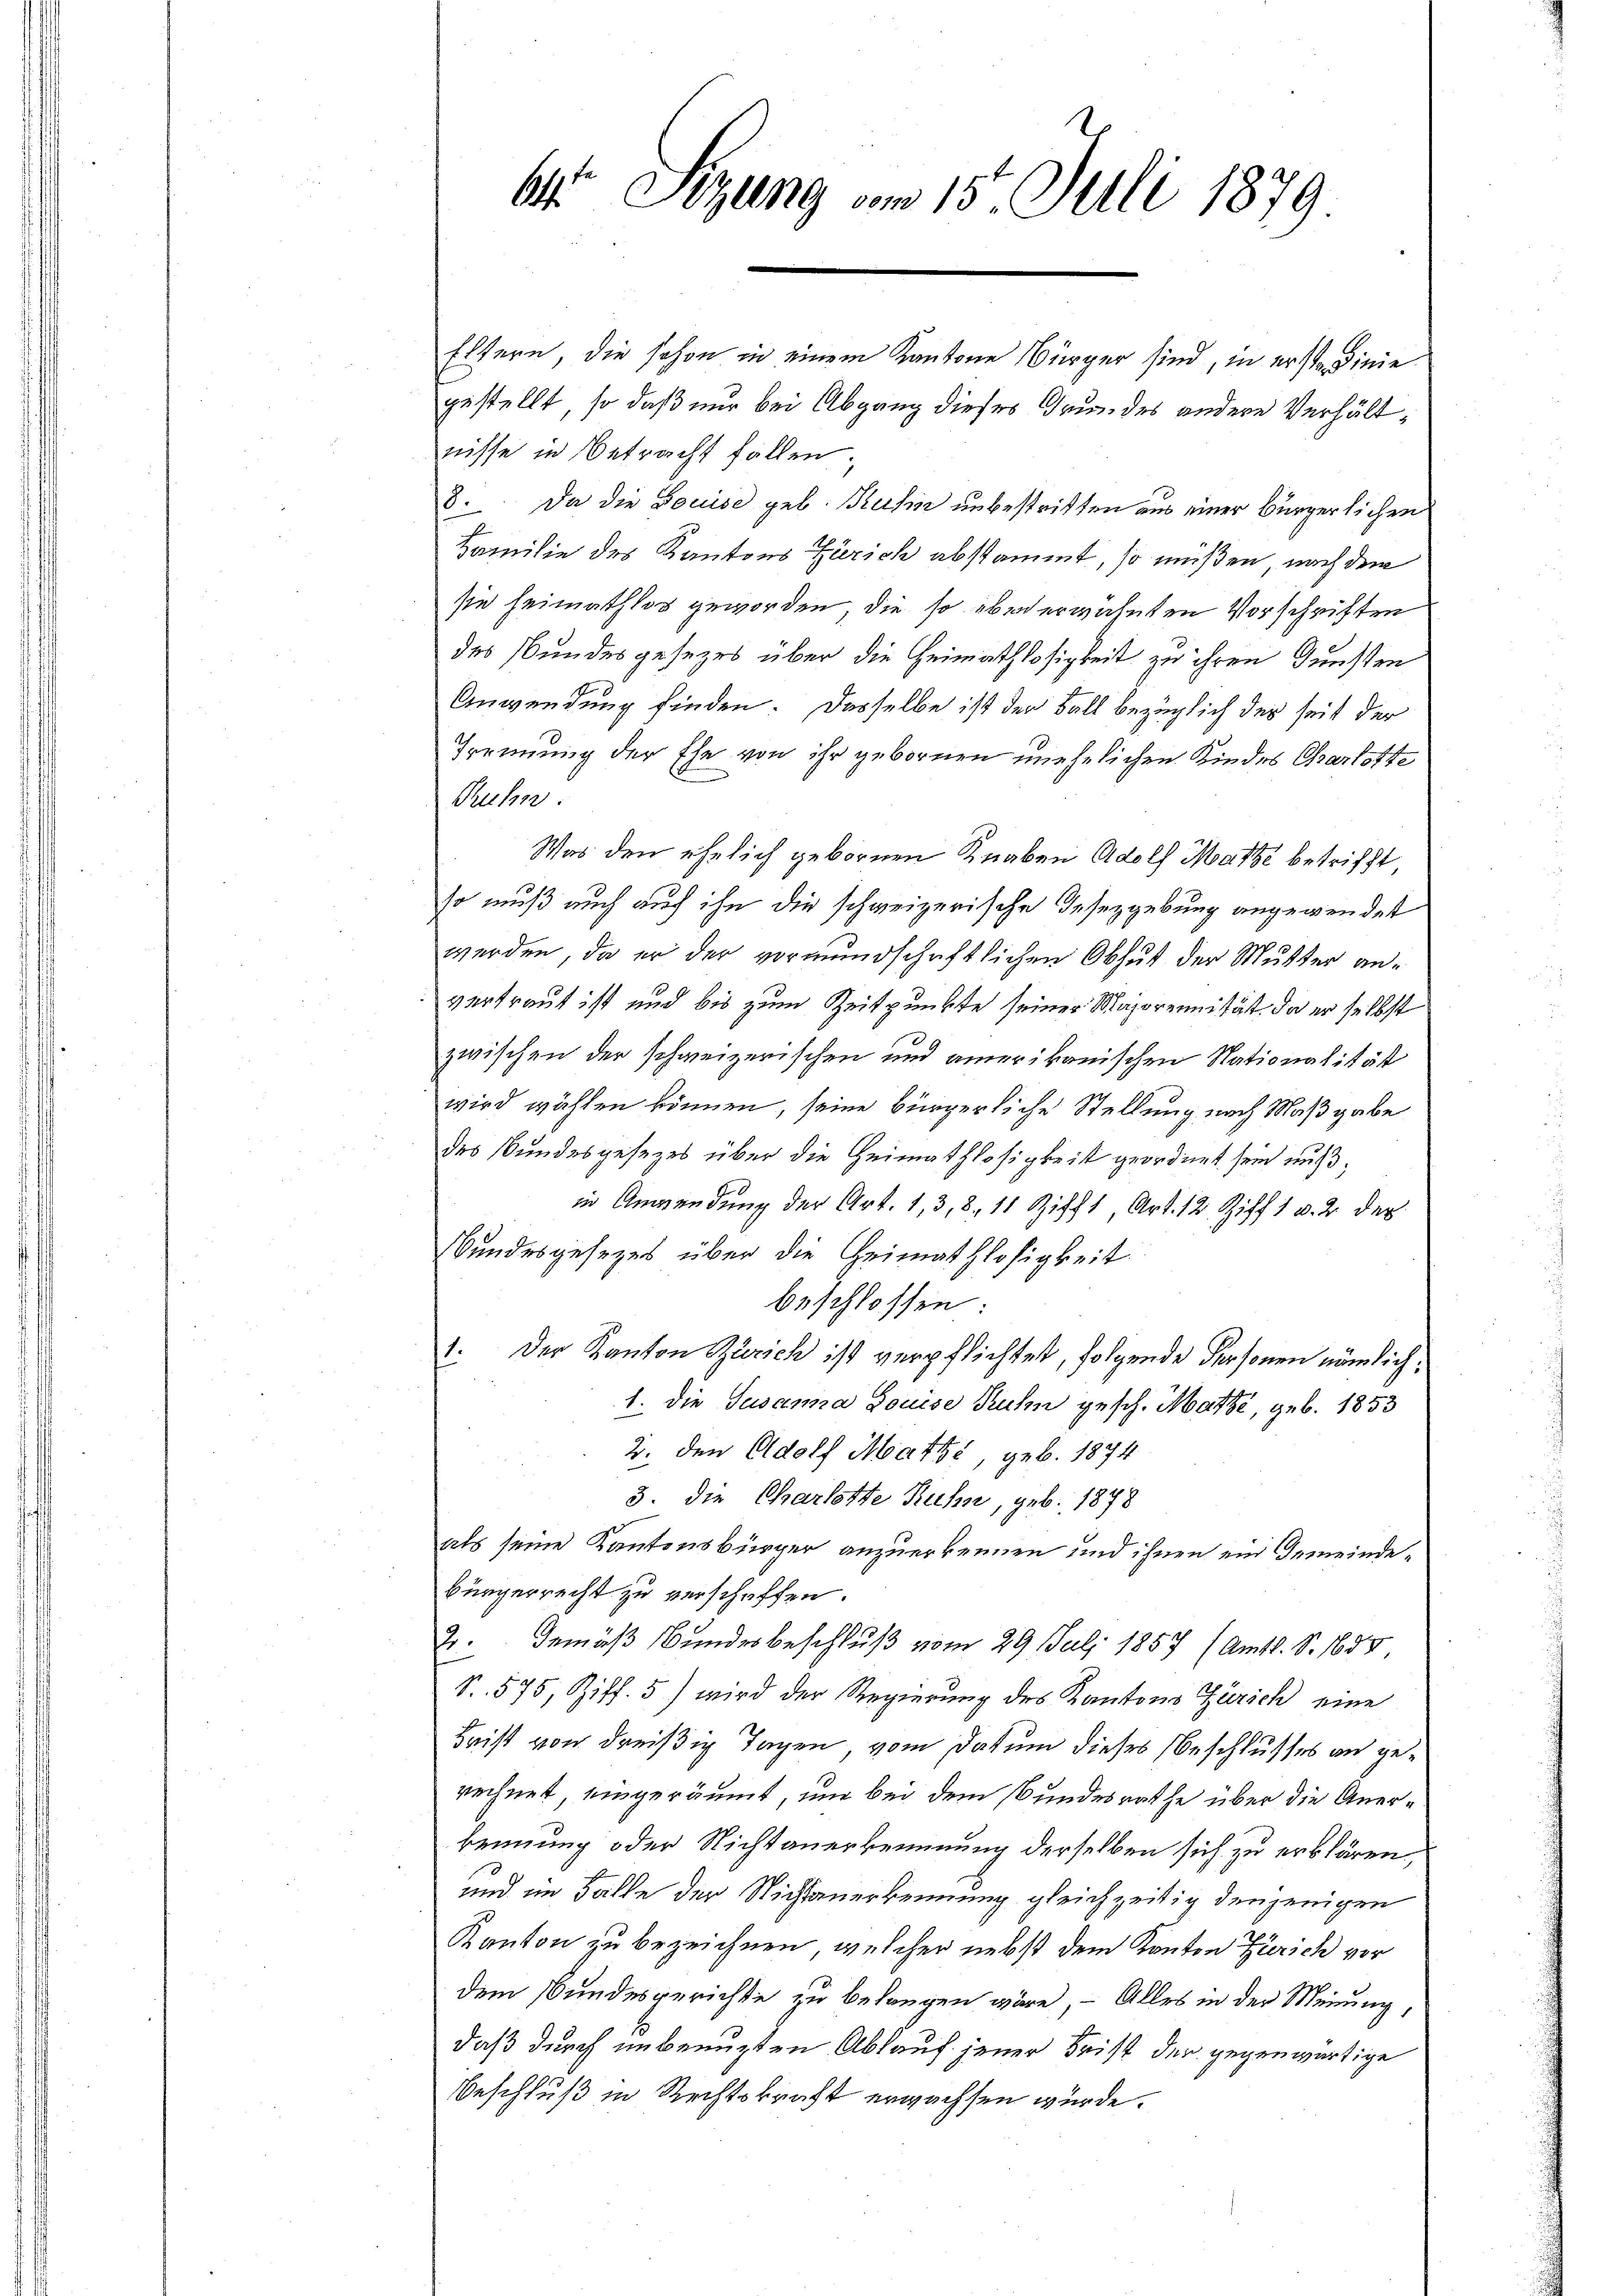
6 Sezung vom 15. Juli 1879

Eltern, die schon in einem Kantone Bürger sind, in erste Linie
gestellt, so daß nur bei Abgang dieses Grundes andere Verhältnisse in Betracht fallen.
8. Da die Louise geb. Kuss unbestritten aus einer Bürgerlichen
Familie des Kantons Zürich abstammt, so müßen, nach dem
sie heimathlos geworden, die so eben erwähnten Vorschriften
des Bundesgesezes über die Heimathlosigkeit zu ihren Dunsten
Anwendung finden. Dasselbe ist der Fall bezüglich des seit der
Trennung der Ehe von ihr gebornen unehelichen Kindes Charlotte
Ruhn.
Was den ehelich geborenen Knaben Adolf Mathe betrifft,
so muß auch auf ihn die schweizerische Gesezgebung angewendet
werden, da er der vormundschaftlichen Obhut der Mutter anvertraut ist und bis zum Zeitpunkte seiner Majorennität, da er selbst
zwischen der schweizerischen und amerikanischen Nationalität
wird wählen können, seine bürgerliche Stellung nach Maßgabe
des Bundesgesezes über die Heimathlosigkeit geordnet sein muß;
in Anwendung der Art. 1, 3, 8, 11 Zifft, Art. 12 Ziff 1 v. 2. der
Bundesgesezes über die Heimathlosigkeit.
beschlossen:
1. Der Kanton Zürich ist verpflichtet, folgende Personen nämlich,
1. die Susanna Louise Kuhn gesch. Matte, geb. 1853
2. den Adolf Matte, geb. 1874
3. die Charlotte Ruhn, geb. 1878
als seine Kantonsbürger anzuerkennen und ihnen ein Gemeindebürgerrecht zu verschaffen.
2. Gemäß Bundesbeschluß vom 29. Juli 1857 (Amts. S. 1655.
S. 575, Ziff. 5) wird der Regierung des Kantons Zürich eine
Brist von dreißig Tagen, vom Datum dieses Beschlusses an gerechnet, eingeräumt, um bei dem Bundesrathe über die Anerkennung oder Nichtanerkennung derselben sich zu erklären,
und im Falle der Nichtanerkennung gleichzeitig denjenigen
Kanton zu bezeichnen, welcher nebst dem Kanton Zürich vor
dem Bundesgerichte zu belangen wäre, – Alles in der Meinung
daß durch unbenuzten Ablauf jener Frist der gegenwärtige
Beschluß in Rechtskraft erwachsen würde.